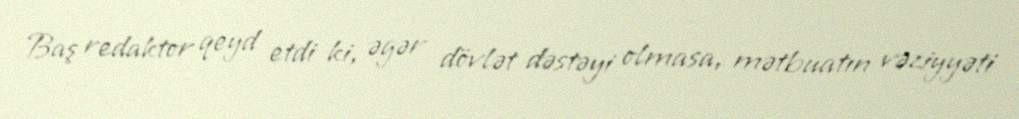
Baş redaktor qeyd etdi ki, əgər dövlət dəstəyi olmasa, mətbuatın vəziyyəti